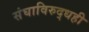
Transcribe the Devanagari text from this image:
संघाविरुद्धही